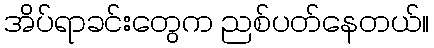
အိပ်ရာခင်းတွေက ညစ်ပတ်နေတယ်။